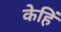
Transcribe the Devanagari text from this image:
केहिं